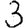
Digit: 3